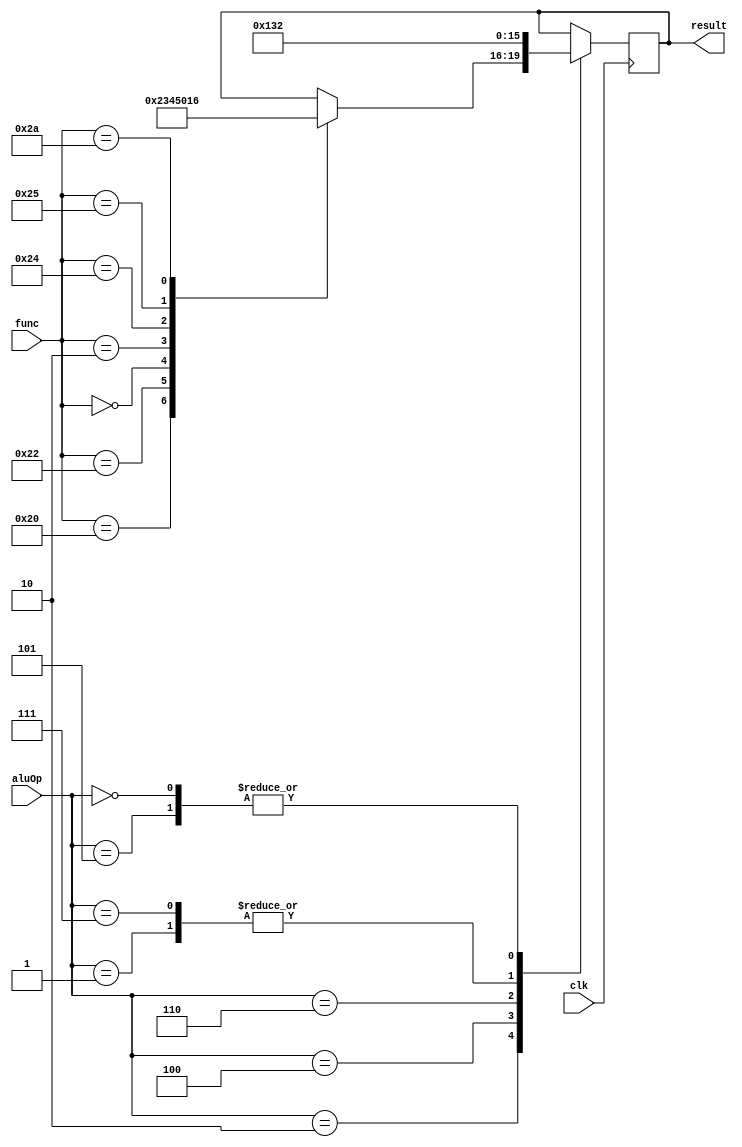
module aluController(result,func,aluOp,clk);
output reg [3:0]result;
input [5:0]func;
input [2:0]aluOp;
input clk;

always@(posedge clk)
case (aluOp)
3'b010: begin
        case (func)
        6'b100000:result<=4'b0010;
        6'b100010:result<=4'b0011;
        6'b000000:result<=4'b0100;
        6'b000010:result<=4'b0101;
        6'b100100:result<=4'b0000;
        6'b100101:result<=4'b0001;
        6'b101010:result<=4'b0110;
           endcase
           end
3'b101:result<=4'b0010;
3'b100:result<=4'b0000;
3'b110:result<=4'b0001;
3'b001:result<=4'b0011;
3'b111:result<=4'b0011;
3'b000:result<=4'b0010;

endcase
endmodule